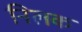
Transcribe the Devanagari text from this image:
निलक